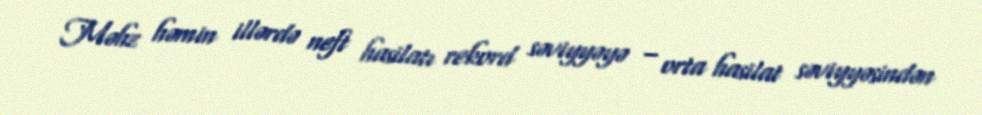
Məhz həmin illərdə neft hasilatı rekord səviyyəyə – orta hasilat səviyyəsindən